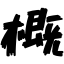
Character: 概